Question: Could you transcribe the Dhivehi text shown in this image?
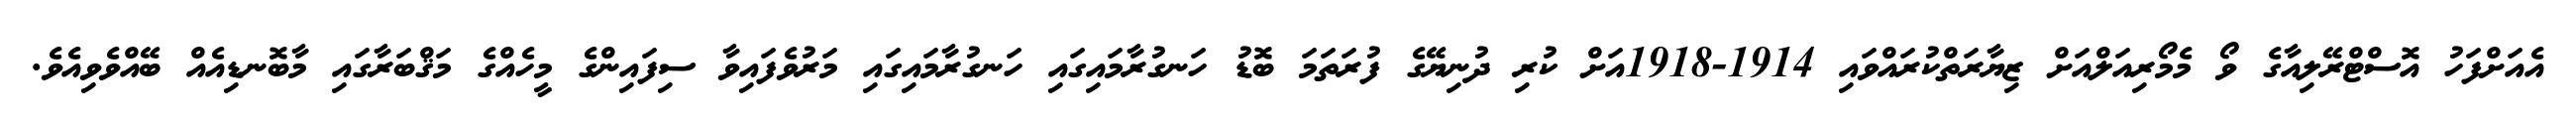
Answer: އެއަށްފަހު އޮސްޓްރޭލިއާގެ ވޯ މެމޯރިއަލްއަށް ޒިޔާރަތްކުރައްވައި 1914-1918އަށް ކުރި ދުނިޔޭގެ ފުރަތަމަ ބޮޑު ހަނގުރާމައިގައި ހަނގުރާމައިގައި މަރުވެފައިވާ ސިފައިންގެ މީހެއްގެ މަޤްބަރާގައި މާބޮނޑިއެއް ބޭއްވެވިއެވެ.